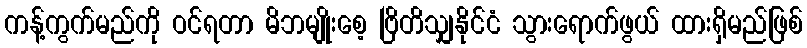
ကန့်ကွက်မည်ကို ဝင်ရတာ မိဘမျိုးစေ့ ဗြိတိသျှနိုင်ငံ သွားရောက်ဖွယ် ထားရှိမည်ဖြစ်